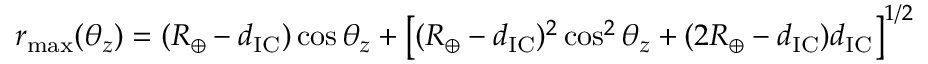
r _ { \operatorname* { m a x } } ( \theta _ { z } ) = ( R _ { \oplus } - d _ { \mathrm { I C } } ) \cos \theta _ { z } + \left[ ( R _ { \oplus } - d _ { \mathrm { I C } } ) ^ { 2 } \cos ^ { 2 } \theta _ { z } + ( 2 R _ { \oplus } - d _ { \mathrm { I C } } ) d _ { \mathrm { I C } } \right] ^ { 1 / 2 }